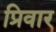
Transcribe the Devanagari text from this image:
प्रिवार